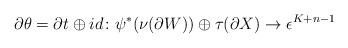
LaTeX: \begin{align*} \partial \theta = \partial t \oplus id \colon \psi^*(\nu(\partial W)) \oplus \tau(\partial X) \to \epsilon^{K+n-1}\end{align*}